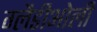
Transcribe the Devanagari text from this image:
ग्‍लैडीओली